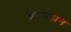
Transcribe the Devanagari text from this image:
हाबसन